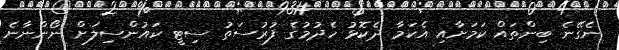
ނެގޭނެ ބިންތައް ކަމަށާއި އެކަމާ ދެކޮޅު ހެދުމުގެ ފުރުސަތު ސިޓީ ކައުންސިލަށް ނޯންނާނެ